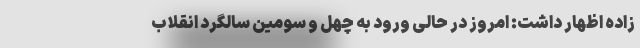
زاده اظهار داشت: امروز در حالی ورود به چهل و سومین سالگرد انقلاب